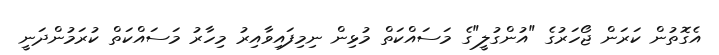
އެގޮތުން ކަރަން ޖޯހަރުގެ "އުންގުލީ"ގެ މަސައްކަތް މުޅިން ނިމިފައިވާއިރު މިހާރު މަސައްކަތް ކުރަމުންދަނީ